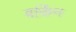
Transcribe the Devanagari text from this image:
बर्किन